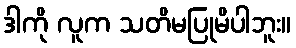
ဒါကို လူက သတိမပြုမိပါဘူး။